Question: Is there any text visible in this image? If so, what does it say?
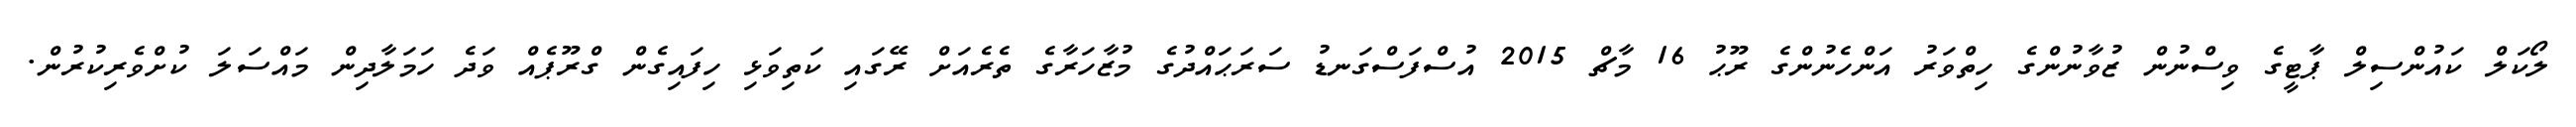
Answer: ލޯކަލް ކައުންސިލް ޕާޓީގެ ވިސްނުން ޒުވާނުންގެ ހިތްވަރު އަންހެނުންގެ ރޫޙު 16 މާޗް 2015 އުސްފަސްގަނޑު ސަރަޙައްދުގެ މުޒާހަރާގެ ތެރެއަށް ރޭގައި ކަތިވަޅި ހިފައިގެން ގްރޫޕެއް ވަދެ ހަމަލާދިން މައްސަލަ ކުށްވެރިކުރުން.